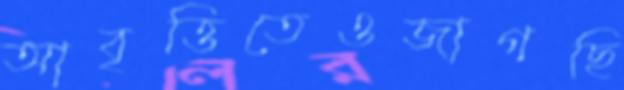
আবৃত্তিতেওজাগছি